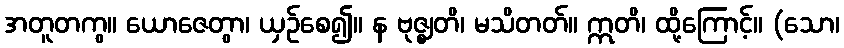
အတူတကွ။ ယောဇေတွာ၊ ယှဉ်စေ၍။ န ဗုဇ္ဈတိ၊ မသိတတ်။ ဣတိ၊ ထို့ကြောင့်။ (သော၊